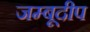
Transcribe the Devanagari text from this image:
जम्बूदीप